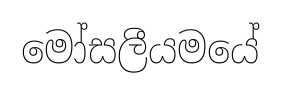
මෝසලීයමයේ